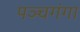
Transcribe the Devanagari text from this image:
पञ्चगंगा